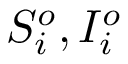
S _ { i } ^ { o } , I _ { i } ^ { o }